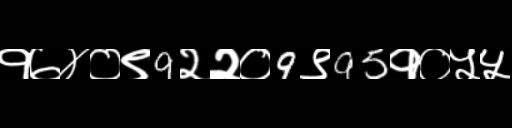
Text: १७४०९9२२०9९95१०५५